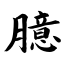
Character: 臆